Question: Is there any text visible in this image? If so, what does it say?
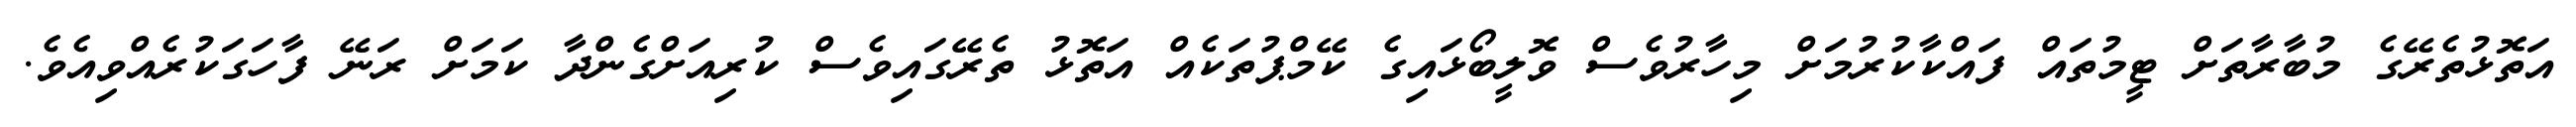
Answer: އަތޮޅުތެރޭގެ މުބާރާތަށް ޓީމުތައް ފައްކާކުރުމަށް މިހާރުވެސް ވޮލީބޯޅައިގެ ކޭމްޕުތަކެއް އަތޮޅު ތެރޭގައިވެސް ކުރިއަށްގެންދާ ކަމަށް ރަނޭ ފާހަގަކުރެއްވިއެވެ.